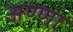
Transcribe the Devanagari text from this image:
अण्‍णा